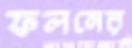
ফলনের